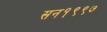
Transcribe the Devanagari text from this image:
सन१९९७